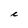
Character: C